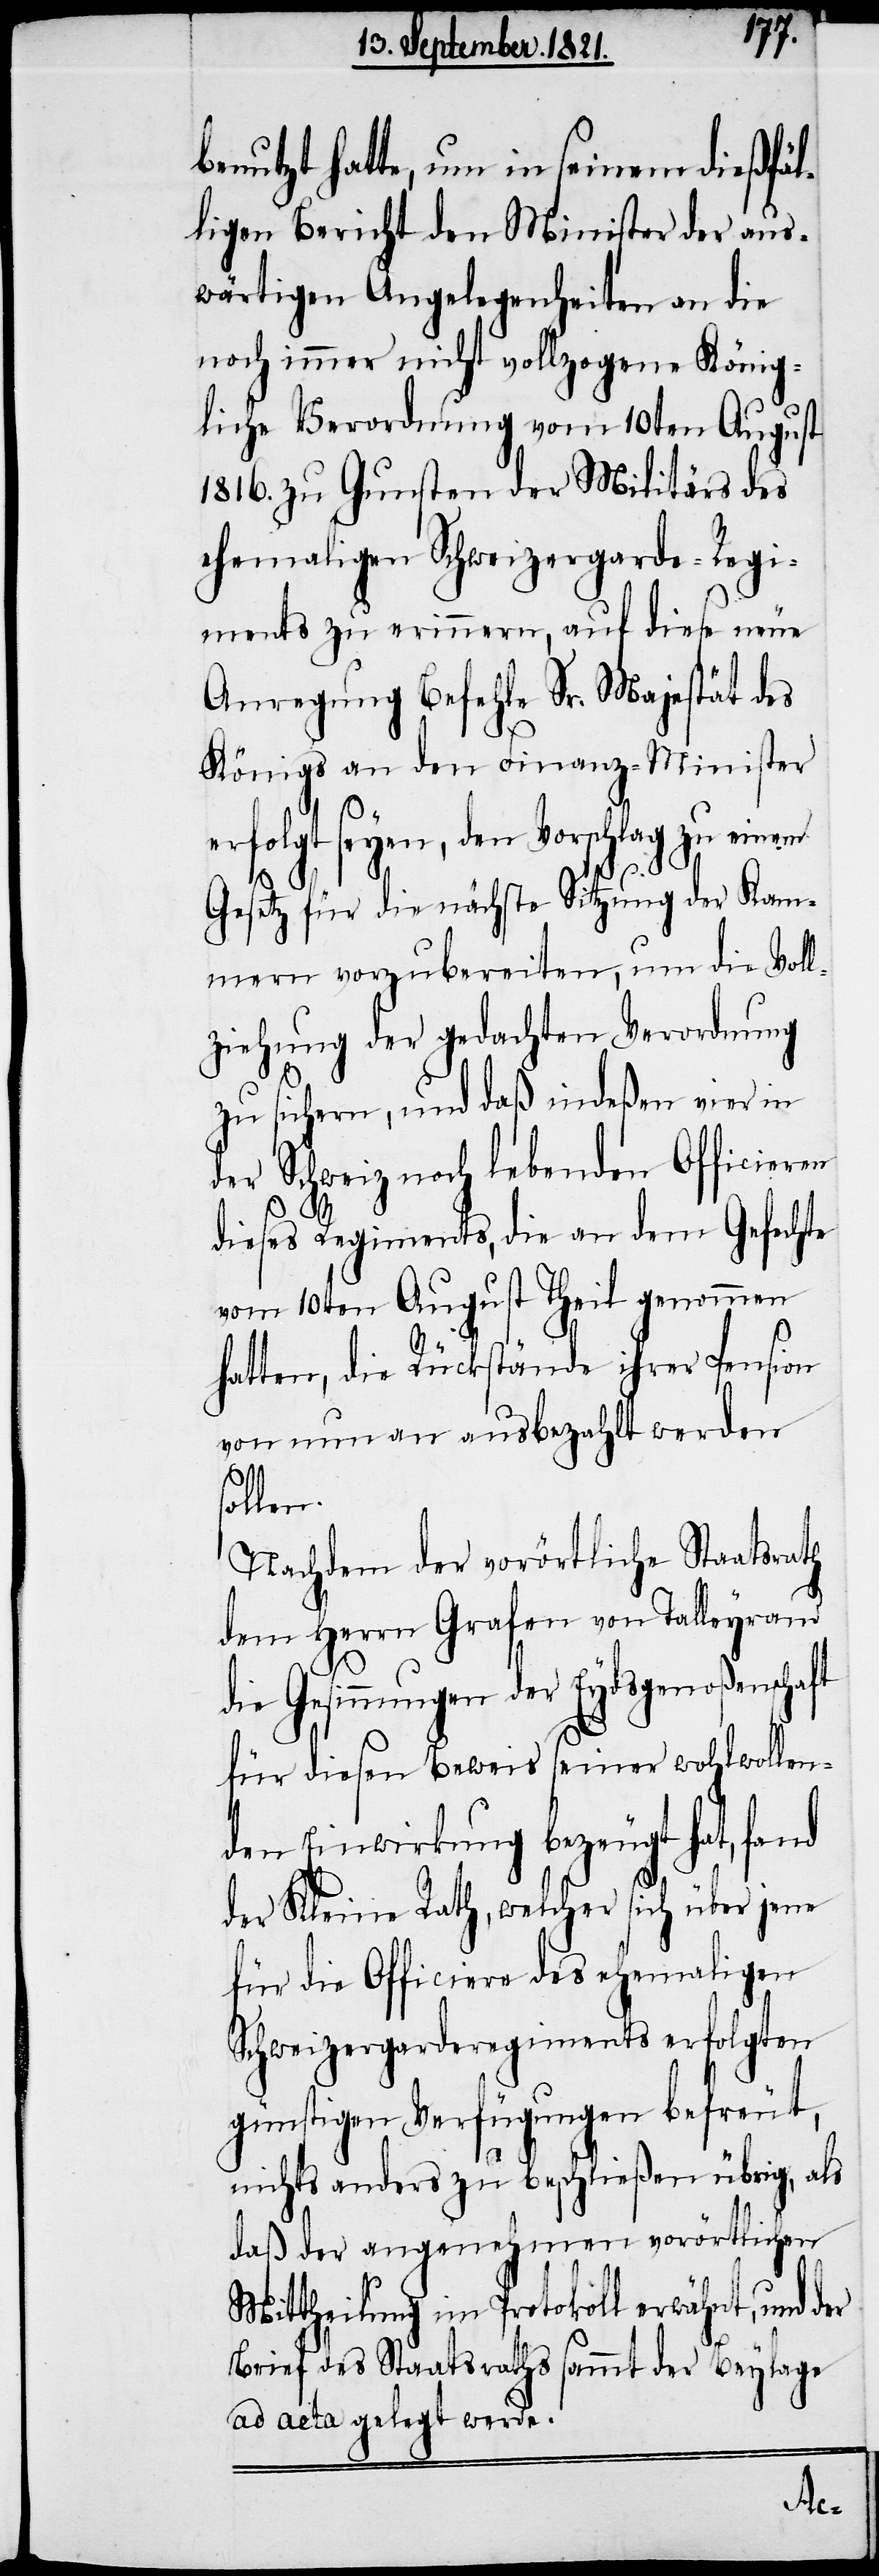
benutzt hatte, um in seinem dießfäl¬
ligen Bericht den Minister der aus¬
wärtigen Angelegenheiten an die
noch immer nicht vollzogene König¬
liche Verordnung vom 10ten August
1816. zu Gunsten der Militärs des
ehemaligen Schweizergarde-Regi¬
ments zu erinnern, auf diese neue
Anregung Befehle Sr. Majestät des
Königs an den Finanz-Minister
rfolgt seyen, den Vorschlag zu einem
Gesetz für die nächste Sitzung der Kam¬
mern vorzubereiten, um die Voll¬
ziehung der gedachten Verordnung
zu sichern, und daß indeßen vier in
der Schweiz noch lebenden Officieren
dieses Regiments, die an dem Gefechte
vom 10ten August Theil genommen
hatten, die Rückstände ihrer Pension
von nun an ausbezahlt werden
ollen.
Nachdem der vorörtliche Staatsrath
dem Herrn Grafen von Talleyrand
Gesinnungen der Eydsgenoßenscha¬
für diesen Beweis seiner wohlwollen¬
den Einwirkung bezeugt hat, fand
der Kleine Rath, welcher sich über jene
für die Officiere des ehemaligen
Schweizergarderegiments erfolgten
günstigen Verfügungen befreut,
nichts anders zu beschließen übrig, als
daß der angenehmen vorörtlichen
Mittheilung im Protokoll erwähnt, und der
Brief des Staatsraths sammt der Beylage
ad acta gelegt werde.
ft